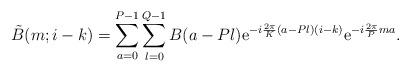
LaTeX: \begin{align*}\tilde{B}(m;i-k)=\sum_{a=0}^{P-1}\sum_{l=0}^{Q-1} B(a-Pl) {\rm e}^{-i{2\pi\over K}(a-Pl)(i-k)} {\rm e}^{-i{2\pi\over P}ma}.\end{align*}